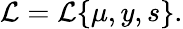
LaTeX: {\cal L}={\cal L}\{ \mu,y,s\} .